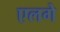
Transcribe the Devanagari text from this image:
एलगे